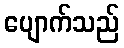
ပျောက်သည်